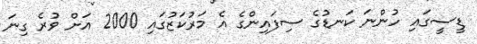
ޑީސީގައި ހުންނަ ކަނޑުގެ ސިފައިންގެ އެ މަރުކަޒުގައި 2000 އަށް ވުރެ ގިނަ